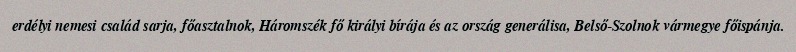
erdélyi nemesi család sarja, főasztalnok, Háromszék fő királyi bírája és az ország generálisa, Belső-Szolnok vármegye főispánja.